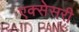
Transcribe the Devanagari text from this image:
एक्सेसरी